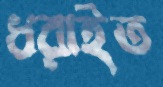
ধরাইত